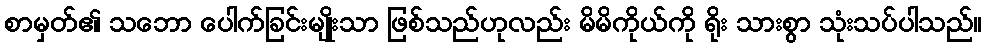
စာမှတ်၏ သဘော ပေါက်ခြင်းမျိုးသာ ဖြစ်သည်ဟုလည်း မိမိကိုယ်ကို ရိုး သားစွာ သုံးသပ်ပါသည်။